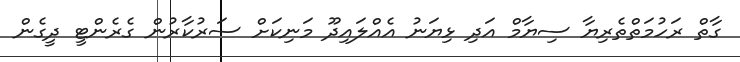
ގާތް ރަހުމަތްތެރިޔާ ސިޔާމް އަދި ޅިޔަނު އެއްލައިދޫ މަނިކަށް ސަރުކާރުން ގެރެންޓީ ދީގެން